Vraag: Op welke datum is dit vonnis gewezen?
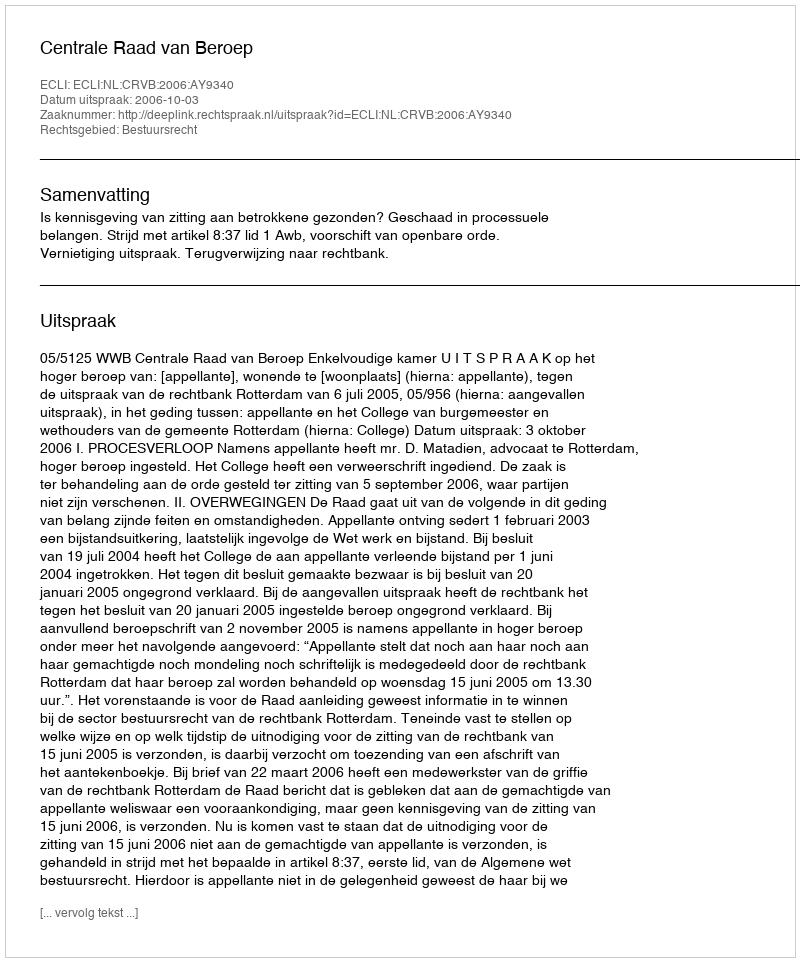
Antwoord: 2006-10-03